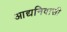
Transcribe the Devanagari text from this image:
आद्यनिवासी